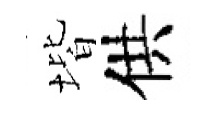
堦供